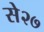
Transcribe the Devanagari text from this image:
से२७